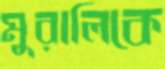
মুরালিকে